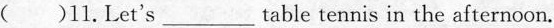
( )11.Let's____ table tennis in the afternoon.